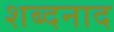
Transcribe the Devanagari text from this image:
शब्दनाद